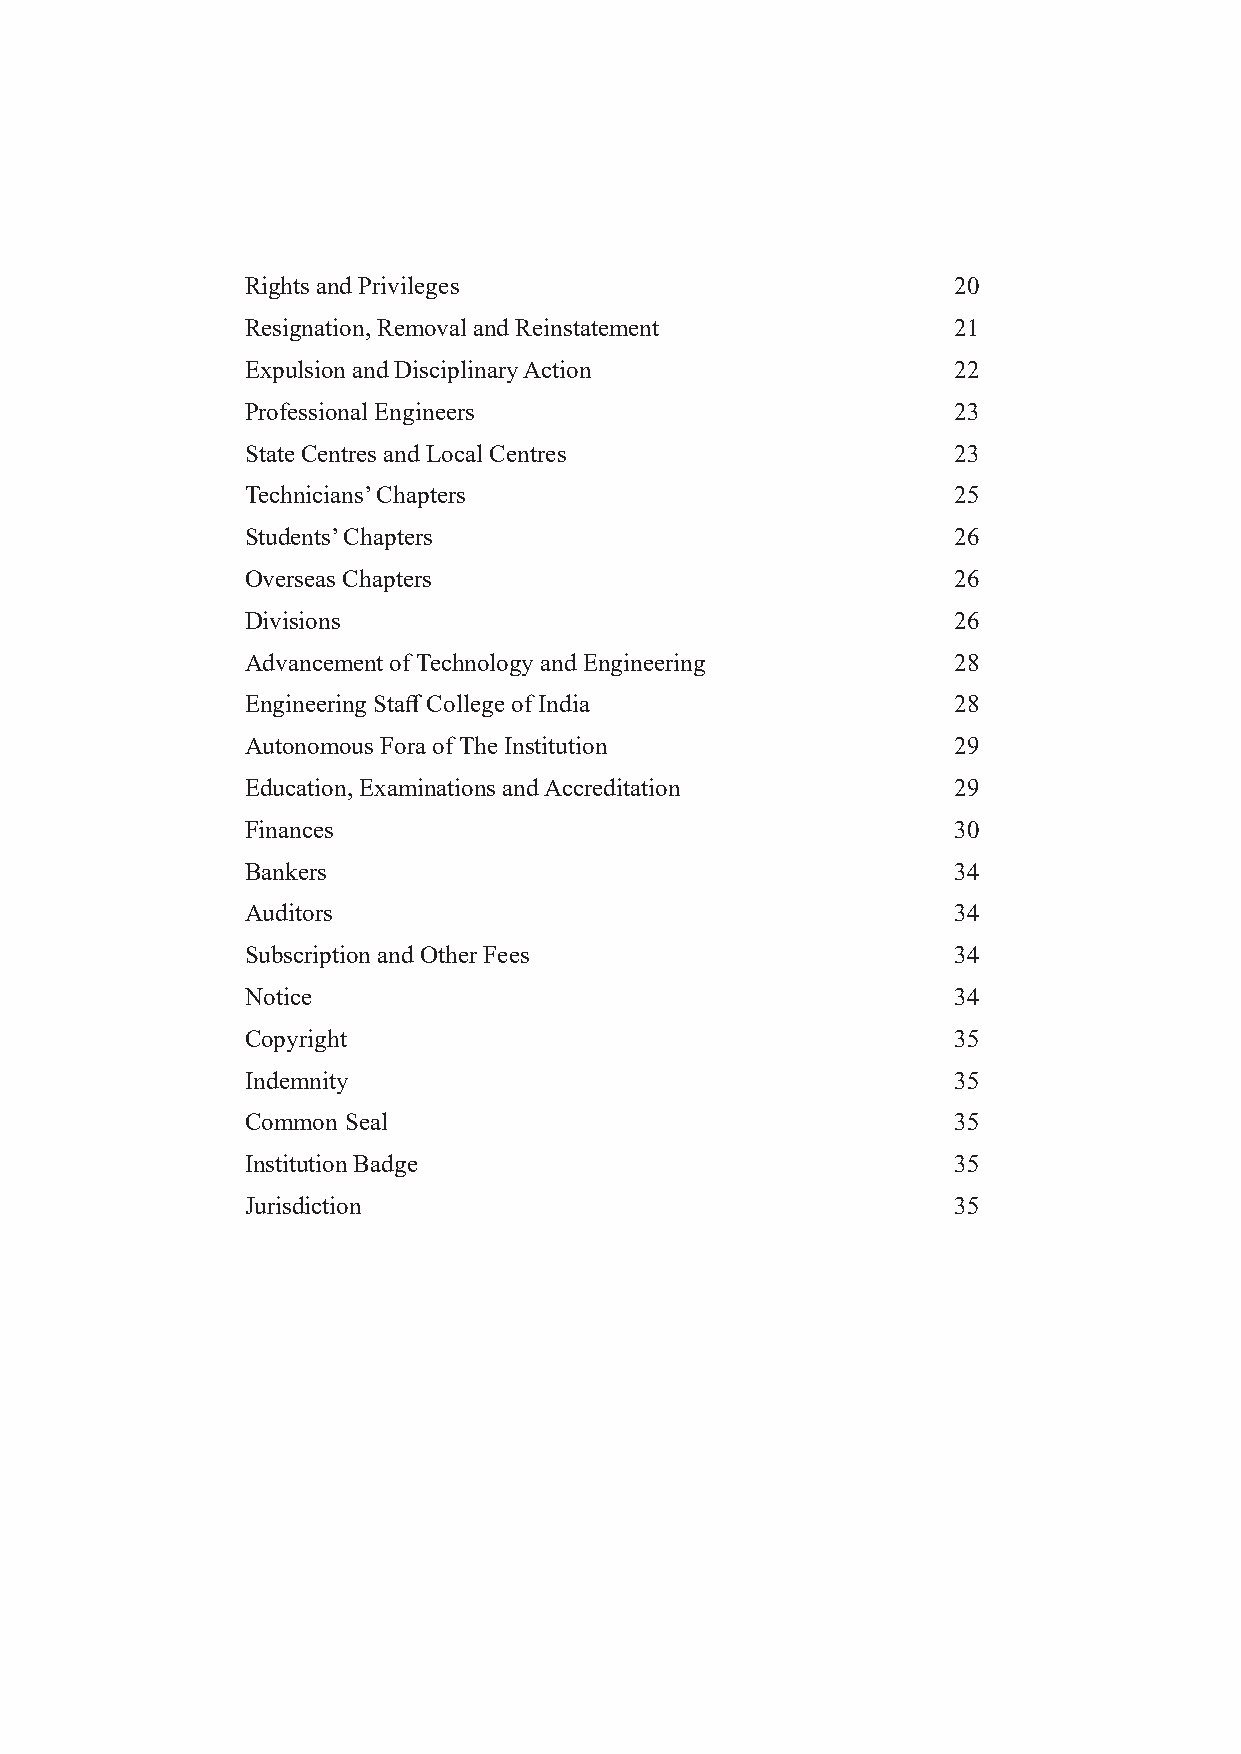
Rights and Privileges                          20
 Resignation, Removal and Reinstatement         21
 Expulsion and Disciplinary Action              22
 Professional Engineers                         23
 State Centres and Local Centres                23
 Technicians’ Chapters                          25
 Students’ Chapters                             26
 Overseas Chapters                              26
 Divisions                                      26
 Advancement of Technology and Engineering      28
 Engineering Staff College of India             28
 Autonomous Fora of The Institution             29
 Education, Examinations and Accreditation      29
 Finances                                       30
 Bankers                                        34
 Auditors                                       34
 Subscription and Other Fees                    34
 Notice                                         34
 Copyright                                      35
 Indemnity                                      35
 Common Seal                                    35
 Institution Badge                              35
 Jurisdiction                                   35
 2